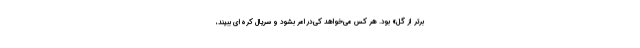
برتر از گل» بود. هر کس می‌خواهد کی‌درامر بشود و سریال کره‌ای ببیند،